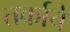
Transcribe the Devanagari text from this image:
तर्काचे